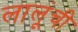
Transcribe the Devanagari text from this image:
लालूंची